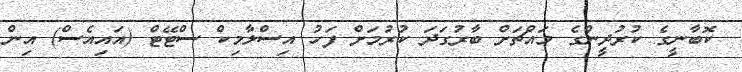
ކޮބާނީގެ ކުރުދީންގެ މައްޗަށް ބާރުގަދަ ކުރުމަށް ފަހު އިސްލާމިކް ސްޓޭޓް (އައިއެސް) އިން